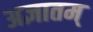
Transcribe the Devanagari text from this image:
अज्ञातम्‌